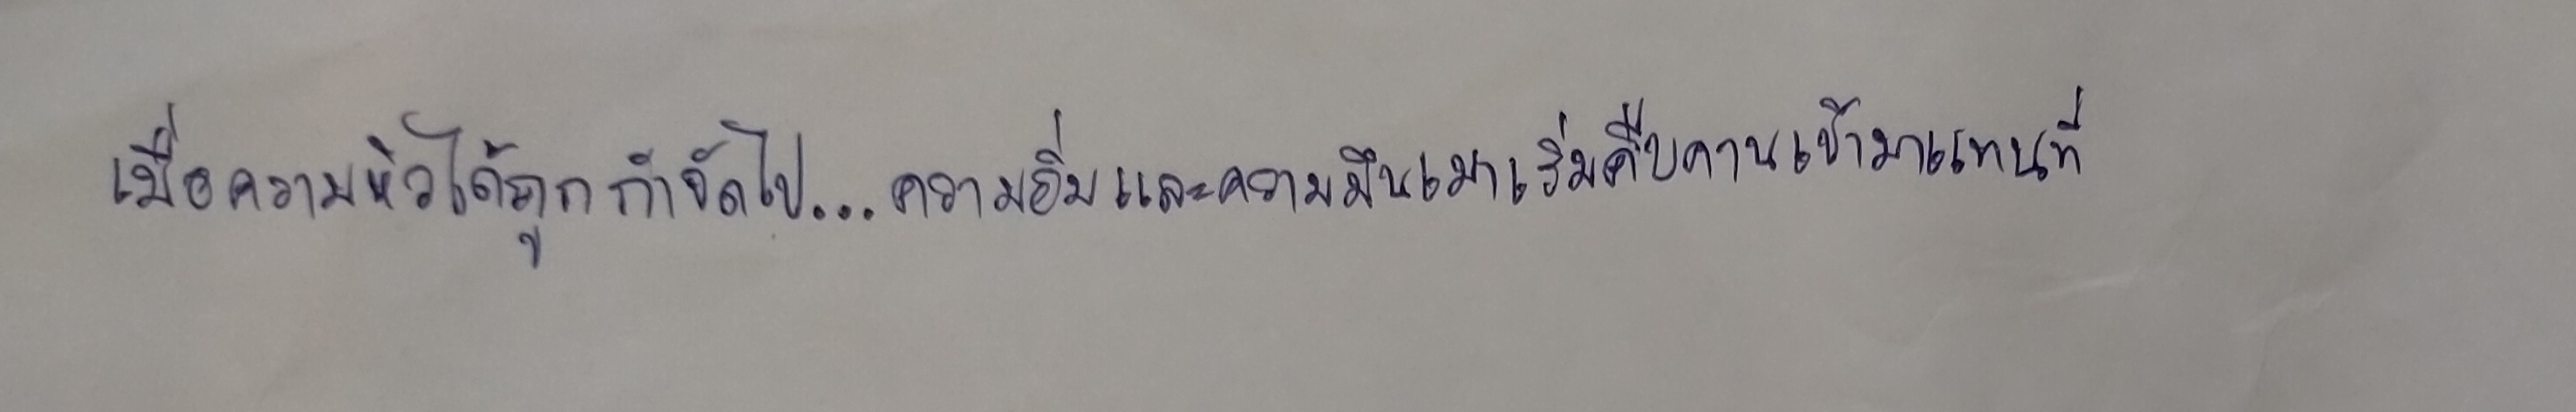
เมื่อความหิวได้ถูกกำจัดไป...ความอิ่มและความมึนเมาเริ่มคืบคานเข้ามาแทนที่